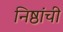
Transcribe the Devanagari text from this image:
निष्ठांची